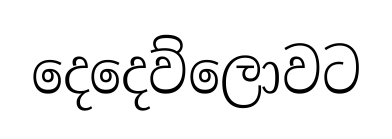
දෙදෙව්ලොවට